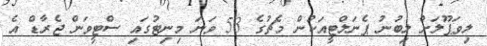
ލިވަޕޫލަށް ލިބުނު ޕެނަލްޓީއަކުން މެޗުގެ 53 ވަނަ މިނިޓުގައި ސްޓީވަން ޖެރާޑް އެ